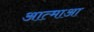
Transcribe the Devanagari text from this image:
आत्माआ